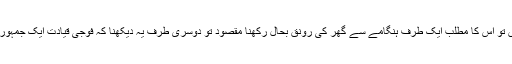
اگر وہ مشرف کیس کو آگے بڑھاتے دکھائی دیتے ہیں تو اس کا مطلب ایک طرف ہنگامے سے گھر کی رونق بحال رکھنا مقصود تو دوسری طرف یہ دیکھنا کہ فوجی قیادت ایک جمہوری حکومت کو کس حد تک قدم آگے بڑھانے دے گی۔